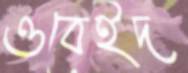
ওবেইদ